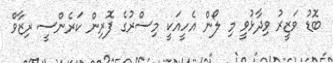
ބޮޑު ވަޒީރު ވިދާޅުވީ މި ލޯން އެހީއަކީ މިސްރުގެ ފޮރިން ކަރެންސީ ރިޒާވް